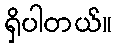
ရှိပါတယ်။